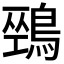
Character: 𪂐